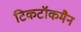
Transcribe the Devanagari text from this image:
टिकटॉकमैन